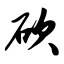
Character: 砍